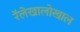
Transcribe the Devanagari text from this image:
रॅलेखालोखाल